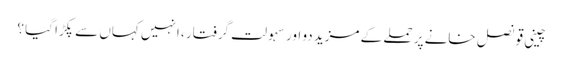
چینی قونصل خانے پر حملے کے مزید دو اور سہولت گرفتار ، انہیں کہاں سے پکڑا گیا ؟